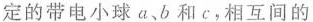
定的带电小球a、b和c，相互间的